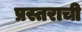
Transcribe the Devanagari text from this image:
प्रस्तराची